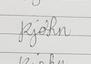
Signature authenticity: genuine